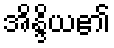
အိန္ဒိယ၏